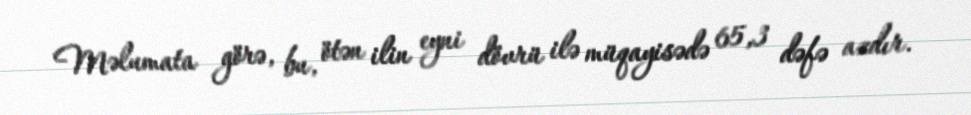
Məlumata görə, bu, ötən ilin eyni dövrü ilə müqayisədə 65,3 dəfə azdır.